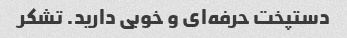
دستپخت حرفه‌ای و خوبی دارید. تشکر